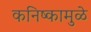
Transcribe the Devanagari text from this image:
कनिष्कामुळे